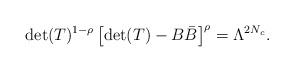
LaTeX: \begin{align*}{\rm det}(T)^{1-\rho}\left[{\rm det}(T)-B{\bar B}\right]^\rho = \Lambda^{2N_c}.\end{align*}